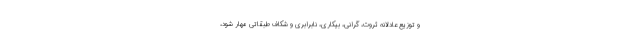
و توزیع عادلانه ثروت، گرانی، بیکاری، نابرابری و شکاف طبقاتی مهار شود،